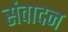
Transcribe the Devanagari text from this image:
संवादन